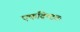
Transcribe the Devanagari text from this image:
एकदिष्‍टतः